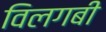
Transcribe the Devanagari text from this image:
विलगबी